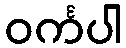
ဝင်္ကပါ